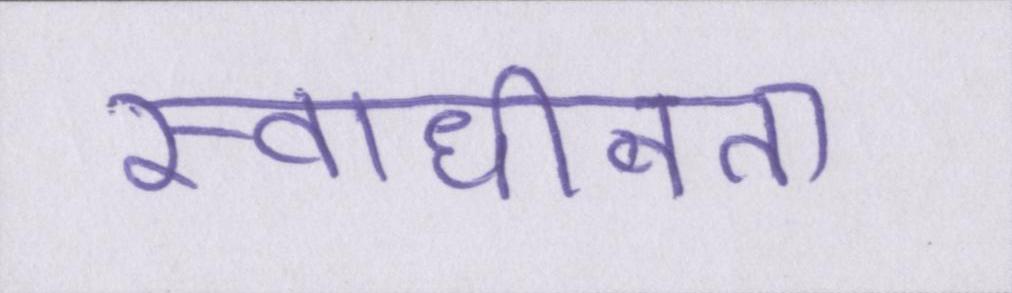
स्वाधीनता